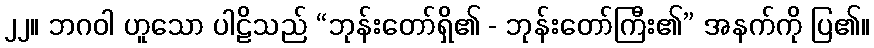
၂၂။ ဘဂဝါ ဟူသော ပါဠိသည် “ဘုန်းတော်ရှိ၏ - ဘုန်းတော်ကြီး၏” အနက်ကို ပြ၏။